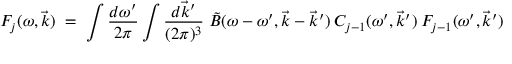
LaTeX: F _ { j } ( \omega , \vec { k } ) \; = \; \int \frac { d \omega ^ { \prime } } { 2 \pi } \int \frac { d \vec { k } ^ { \prime } } { ( 2 \pi ) ^ { 3 } } \; \tilde { B } ( \omega - \omega ^ { \prime } , \vec { k } - \vec { k } ^ { \prime } ) \: C _ { j - 1 } ( \omega ^ { \prime } , \vec { k } ^ { \prime } ) \: F _ { j - 1 } ( \omega ^ { \prime } , \vec { k } ^ { \prime } )